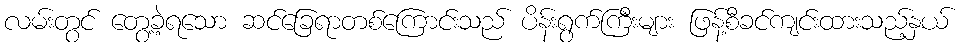
လမ်းတွင် တွေ့ခဲ့ရသော ဆင်ခြေရာတစ်ကြောင်းသည် ပိန်းရွက်ကြီးများ ဖြန့်စီခင်ကျင်းထားသည့်နှယ်